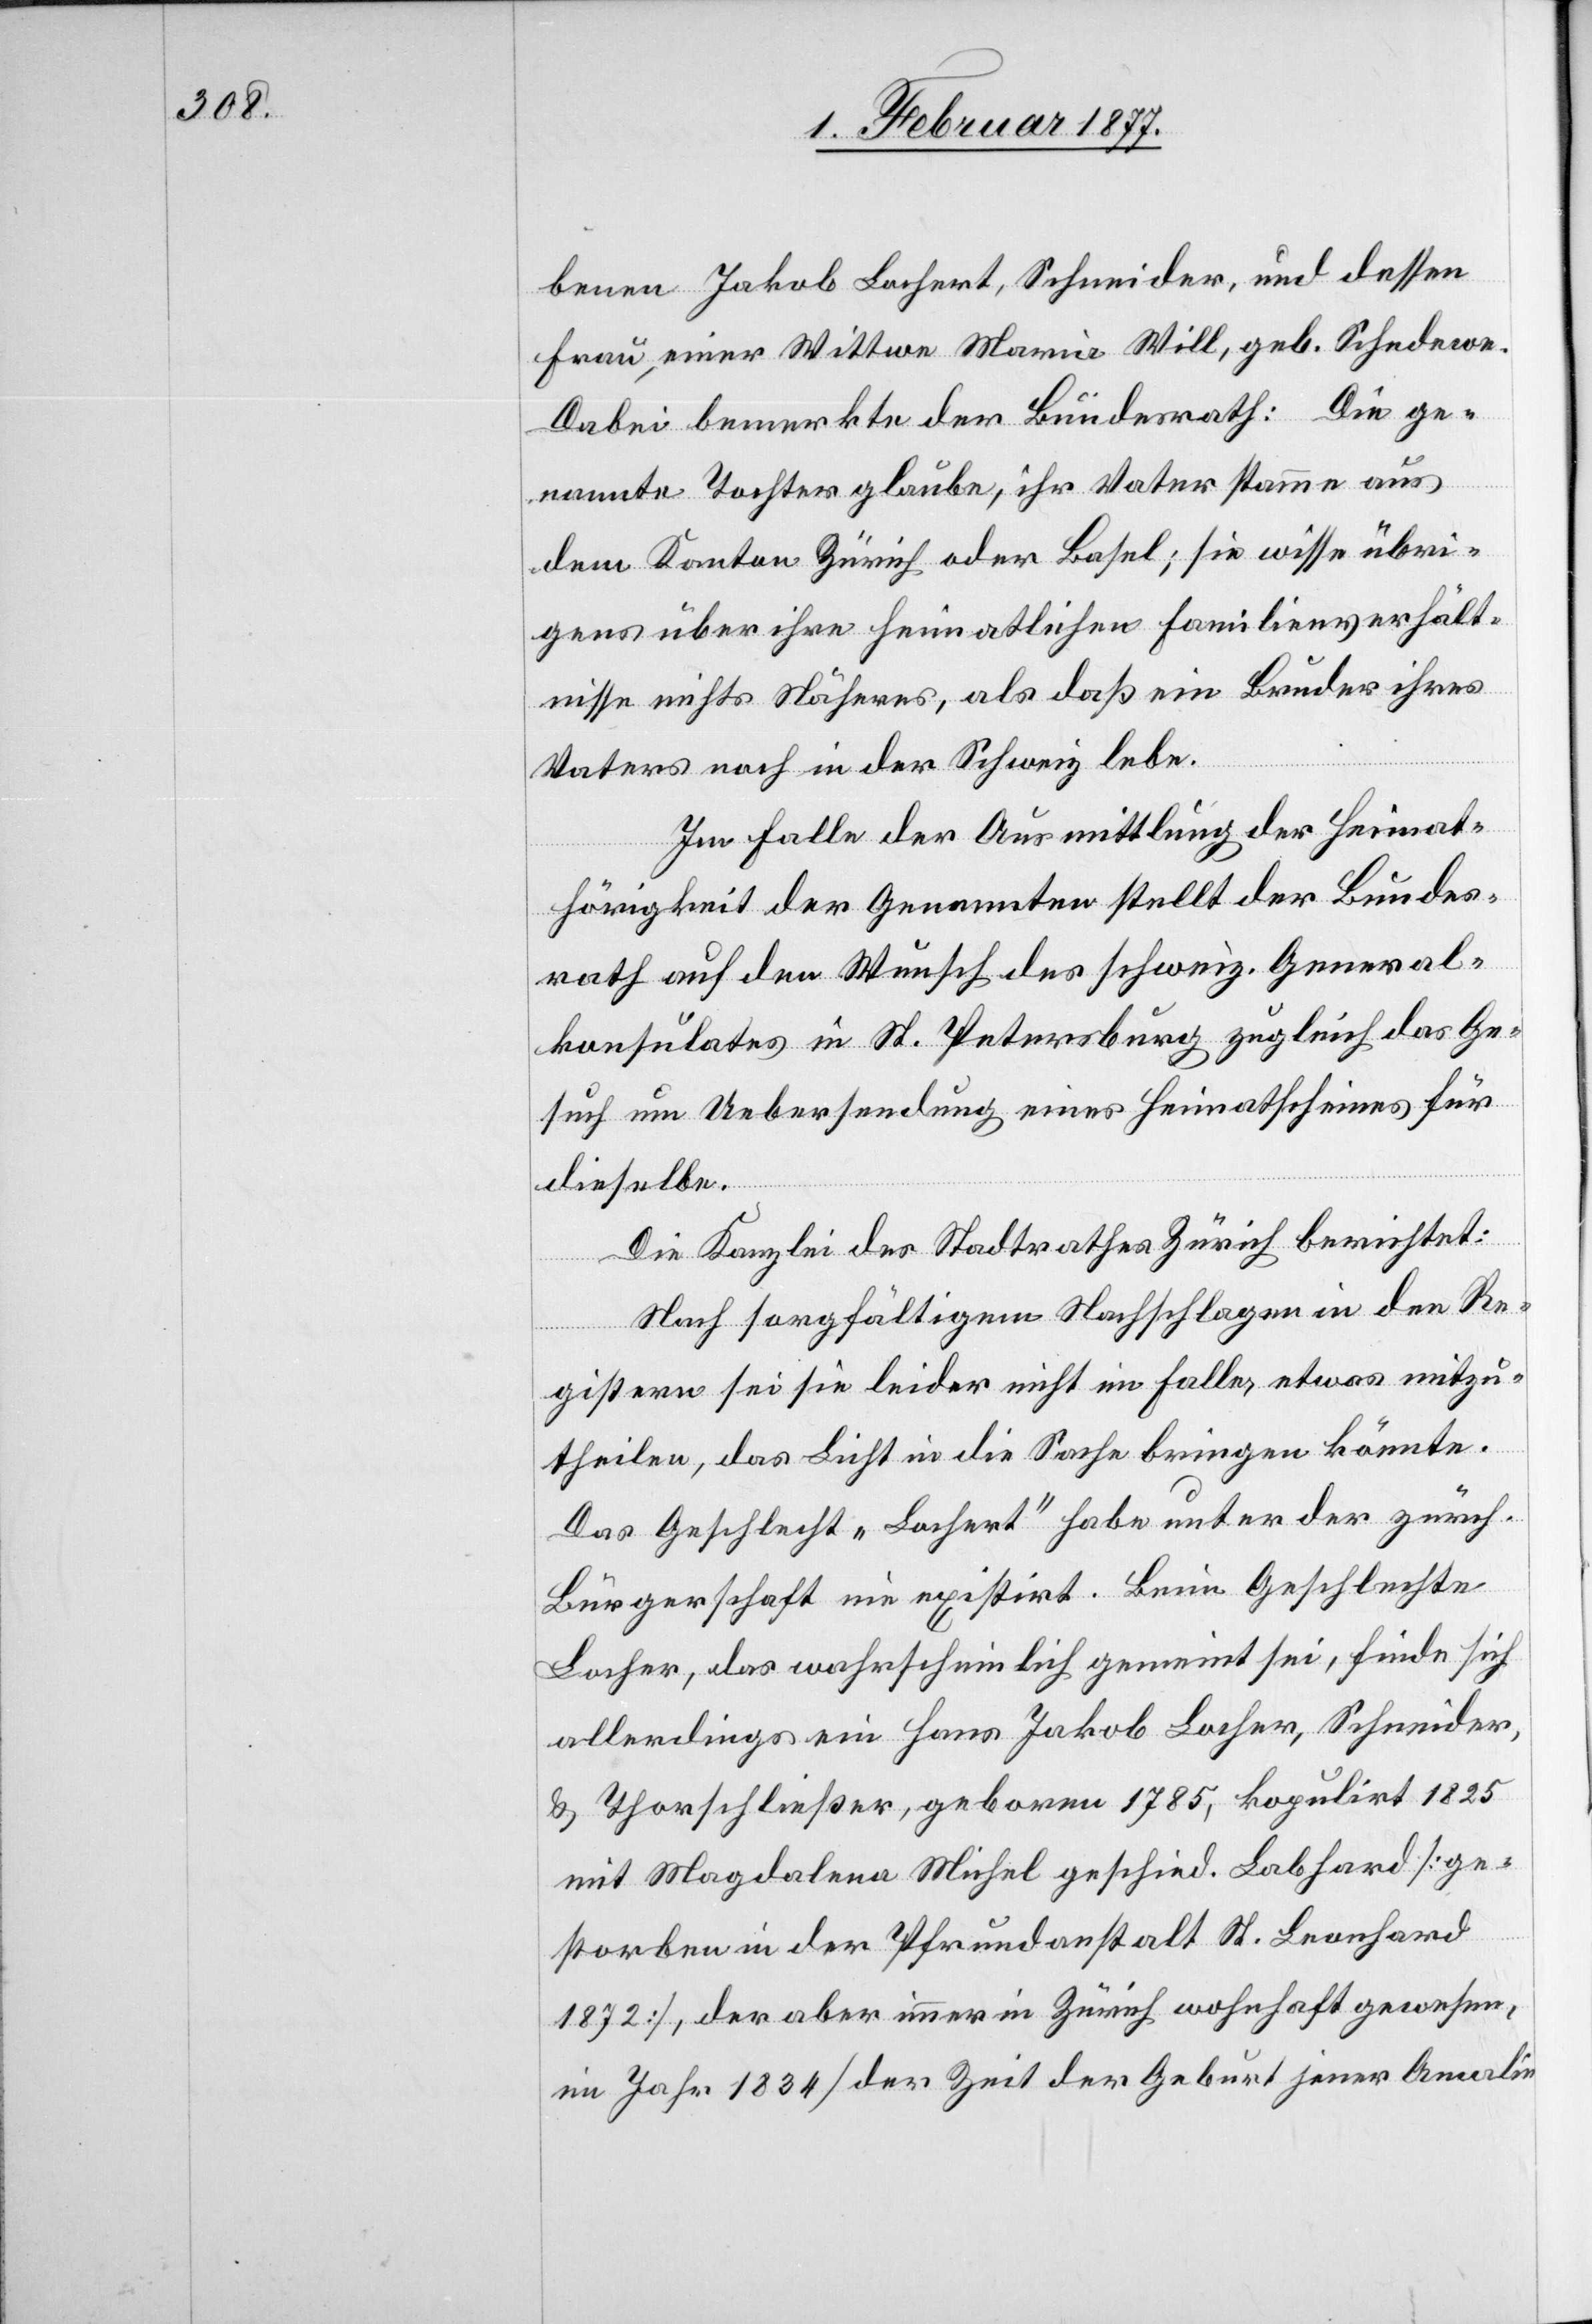
benen Jakob Lochert, Schneider, und dessen
Frau, einer Wittwe Maria Will, geb. Schedewe.
Dabei bemerkte der Bundesrath: Die ge¬
nannte Tochter glaube, ihr Vater stamme aus
dem Kanton Zürich oder Basel; sie wisse übri¬
gens über ihre heimatlichen Familienverhält¬
nisse nichts Näheres, als daß ein Bruder ihres
Vaters noch in der Schweiz lebe.
Im Falle der Ausmittlung der Heimat¬
hörigkeit der Genannten stellt der Bundes¬
rath auf den Wunsch des schweiz. General¬
konsulates in St. Petersburg zugleich das Ge¬
such um Uebersendung eines Heimatscheines für
dieselbe.
Die Kanzlei des Stadtrathes Zürich berichtet:
Nach sorgfältigem Nachschlagen in den Re¬
gistern sei sie leider nicht im Falle, etwas mitzu¬
theilen, das Licht in die Sache bringen könnte.
Das Geschlecht „Lochert“ habe unter der zürch.
Bürgerschaft nie existirt. Beim Geschlechte
[sic!], das wahrscheinlich gemeint sei, finde sich
allerdings ein Hans Jakob Locher, Schneider,
& Thorschließer, geboren 1785, kopulirt 1825
mit Magdalena Michel geschied. Labhard [ge¬
storben in der Pfrundanstalt St. Leonhard
1872], der aber immer in Zürich wohnhaft gewesen,
im Jahr 1834 [der Zeit der Geburt jener Amalie